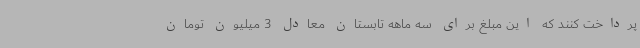
پرداخت کنند که این مبلغ برای سه ماهه تابستان معادل 3 میلیون تومان